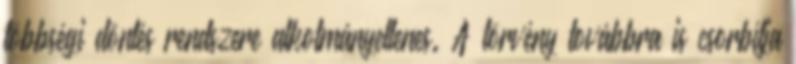
többségi döntés rendszere alkotmányellenes. A törvény továbbra is csorbítja